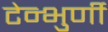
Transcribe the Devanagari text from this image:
टेन्भुर्णी